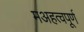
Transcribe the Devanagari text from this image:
मअहत्वपूर्ण